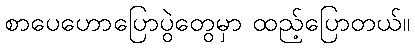
စာပေဟောပြောပွဲတွေမှာ ထည့်ပြောတယ်။